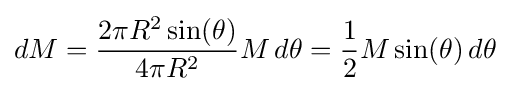
dM={\frac {2\pi R^{2}\sin(\theta )}{4\pi R^{2}}}M\,d\theta ={\frac {1}{2}}M\sin(\theta )\,d\theta